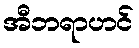
အီဘရာဟင်